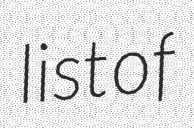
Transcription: list of